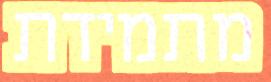
מתמידת